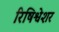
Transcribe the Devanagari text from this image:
रिषिश्वेशर